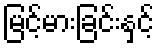
မြင့်မားခြင်းနှင့်